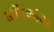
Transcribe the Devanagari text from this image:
स्तंभिकांवर